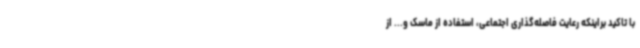
با تاکید براینکه رعایت فاصله‌گذاری اجتماعی، استفاده از ماسک و... از